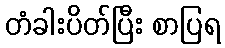
တံခါးပိတ်ပြီး စာပြရ